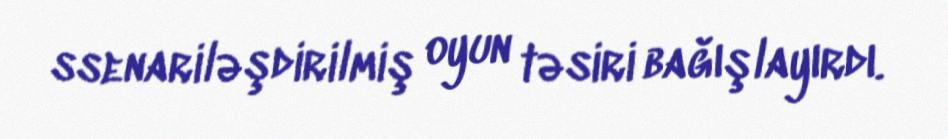
ssenariləşdirilmiş oyun təsiri bağışlayırdı.